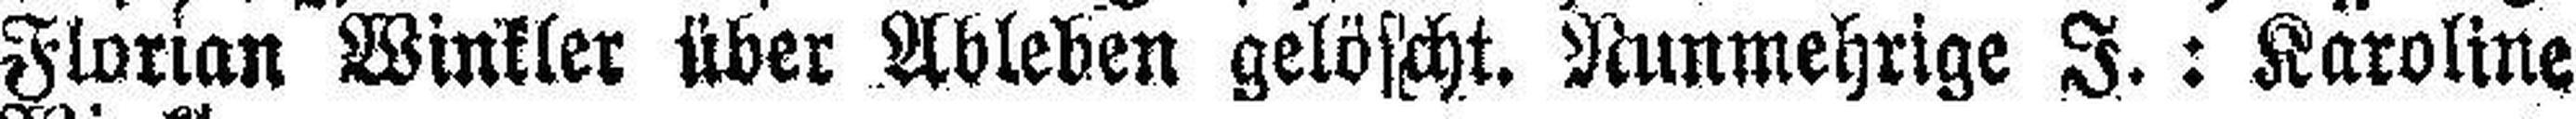
Florian Winkler über Ableben gelöscht. Nunmehrige I.: Karoline